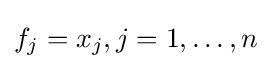
f_{j}=x_{j},j=1,\dots ,n